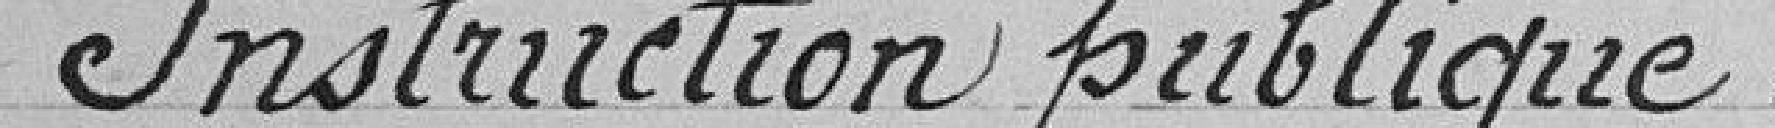
Instruction publique.